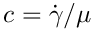
c = \dot { \gamma } / \mu